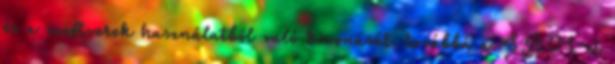
és a szoftverek használatból való kivonását, továbbá a SAM-et